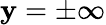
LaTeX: \mathbf{y}=\pm\infty